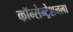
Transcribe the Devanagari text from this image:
कॉन्सेन्ट्रेशनला